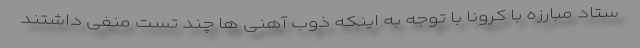
ستاد مبارزه با کرونا با توجه به اینکه ذوب آهنی ها چند تست منفی داشتند